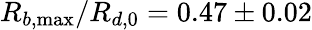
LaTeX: R_{b,\operatorname*{max}}/R_{d,0}=0.47\pm 0.02